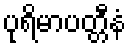
ပုရိမာပတ္တီနံ